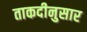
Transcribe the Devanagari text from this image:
ताकदीनुसार